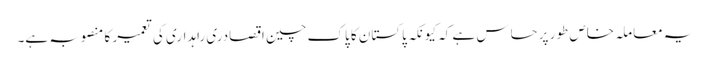
یہ معاملہ خاص طور پر حساس ہے کہ کیونکہ پاکستان کا پاک چین اقصادری راہداری کی تعمیر کا منصوبہ ہے۔